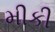
મીકી